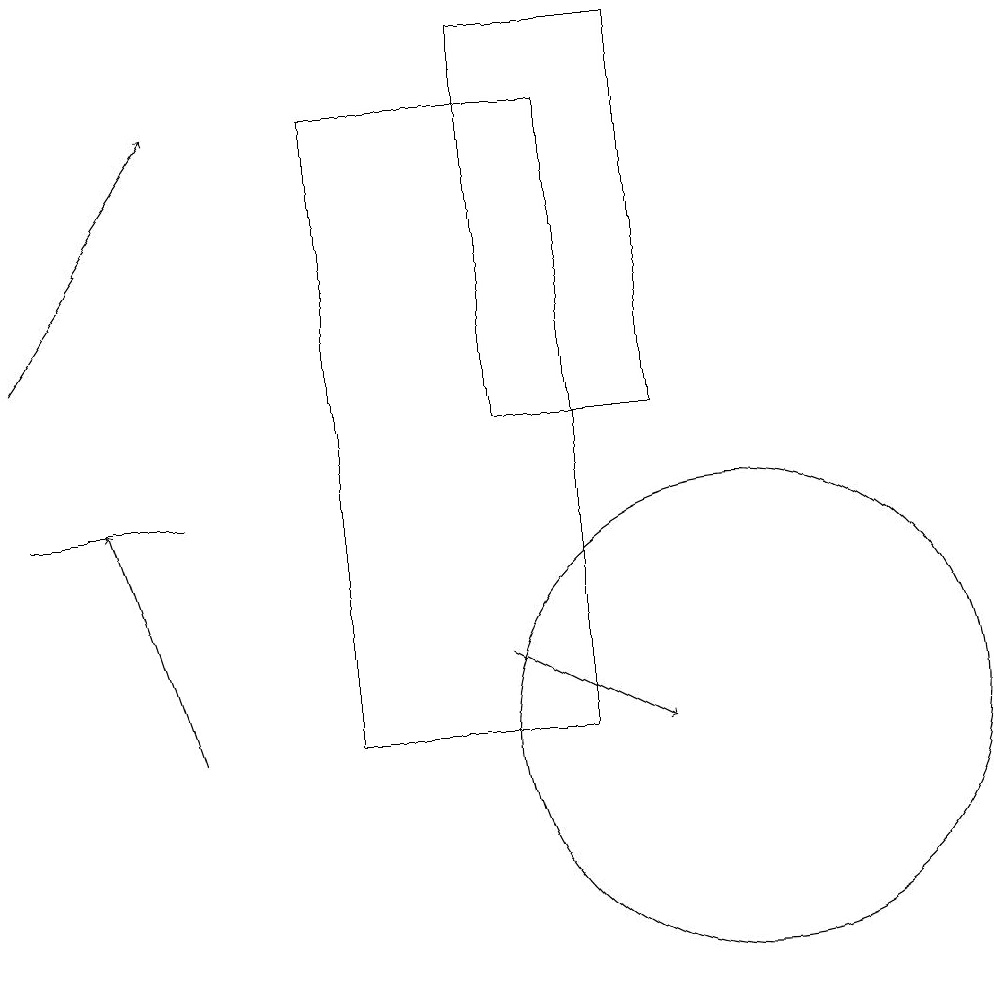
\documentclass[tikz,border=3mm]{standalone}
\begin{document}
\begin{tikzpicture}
\draw[->] (3,10) -- (2,13);
\draw[->] (1,15) -- (3,18);
\draw (8,18) rectangle (5,10);
\draw (10,10) circle (3);
\draw[->] (7,11) -- (9,10);
\draw (1,13) rectangle (3,13);
\draw (7,19) rectangle (9,14);
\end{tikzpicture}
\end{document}